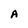
Character: A